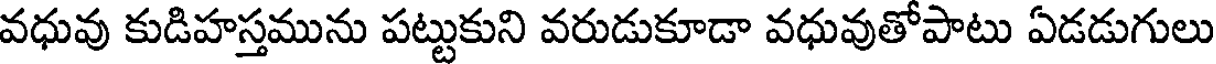
వధువు కుడిహస్తమును పట్టుకుని వరుడుకూడా వధువుతోపాటు ఏడడుగులు